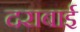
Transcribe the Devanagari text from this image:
दराबाई